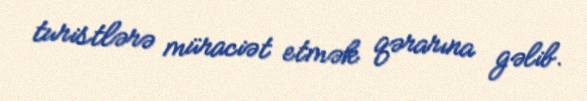
turistlərə müraciət etmək qərarına gəlib.